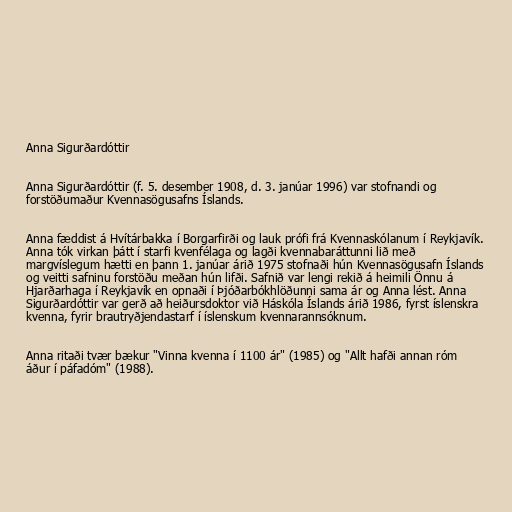
Anna Sigurðardóttir

Anna Sigurðardóttir (f. 5. desember 1908, d. 3. janúar 1996) var stofnandi og
forstöðumaður Kvennasögusafns Íslands.

Anna fæddist á Hvítárbakka í Borgarfirði og lauk prófi frá Kvennaskólanum í Reykjavík.
Anna tók virkan þátt í starfi kvenfélaga og lagði kvennabaráttunni lið með
margvíslegum hætti en þann 1. janúar árið 1975 stofnaði hún Kvennasögusafn Íslands
og veitti safninu forstöðu meðan hún lifði. Safnið var lengi rekið á heimili Önnu á
Hjarðarhaga í Reykjavík en opnaði í Þjóðarbókhlöðunni sama ár og Anna lést. Anna
Sigurðardóttir var gerð að heiðursdoktor við Háskóla Íslands árið 1986, fyrst íslenskra
kvenna, fyrir brautryðjendastarf í íslenskum kvennarannsóknum.

Anna ritaði tvær bækur "Vinna kvenna í 1100 ár" (1985) og "Allt hafði annan róm
áður í páfadóm" (1988).